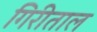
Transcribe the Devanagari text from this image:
गिरीताल